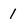
Character: 1